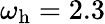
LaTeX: \omega_{\mathrm{h}}=2.3